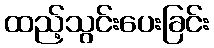
ထည့်သွင်းပေးခြင်း